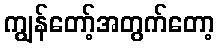
ကျွန်တော့်အတွက်တော့